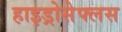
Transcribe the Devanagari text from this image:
हाइड्रोसेफ्लस